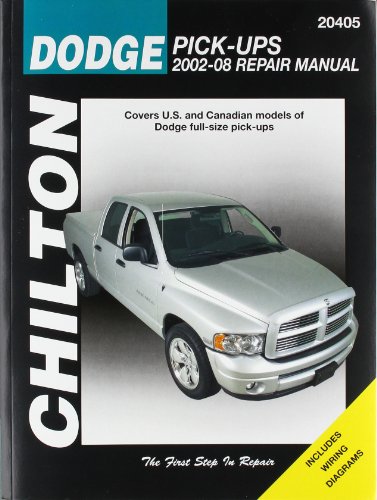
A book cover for Dodge Pick-Ups, 2002-2008 (Chilton's Total Car Care Repair Manual); Chilton; Engineering & Transportation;